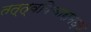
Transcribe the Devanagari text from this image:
तत्त्वविचारामध्ये